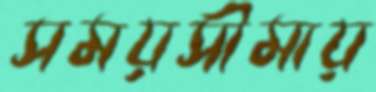
সময়সীমায়